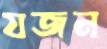
যজন